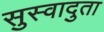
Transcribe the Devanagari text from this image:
सुस्वादुता